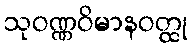
သုဝဏ္ဏဝိမာနဝတ္ထု